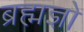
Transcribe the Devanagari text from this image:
ब्रह्मज्ञो